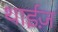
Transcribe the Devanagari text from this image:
थाईज़